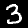
Digit: 3